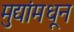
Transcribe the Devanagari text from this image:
मुद्यांमधून